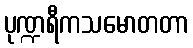
ပုဏ္ဍရီကသမောတတာ